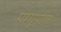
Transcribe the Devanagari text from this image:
पंग्गुयांगां